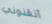
أنقذوني